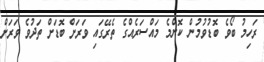
ރަހިމު ބޯވެ ބޮޑުވުމުން ކޮންމެ މައްސަރެއްގެ ތެރޭގައި ވަރަށް ބޮޑަށް ތަދުވެ ވަރަށް